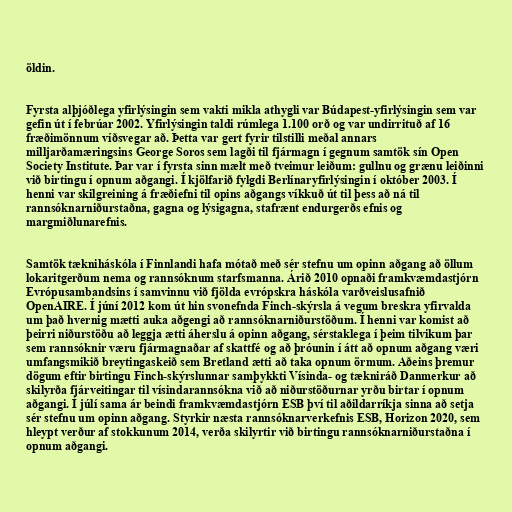
öldin.

Fyrsta alþjóðlega yfirlýsingin sem vakti mikla athygli var Búdapest-yfirlýsingin sem var
gefin út í febrúar 2002. Yfirlýsingin taldi rúmlega 1.100 orð og var undirrituð af 16
fræðimönnum víðsvegar að. Þetta var gert fyrir tilstilli meðal annars
milljarðamæringsins George Soros sem lagði til fjármagn í gegnum samtök sín Open
Society Institute. Þar var í fyrsta sinn mælt með tveimur leiðum: gullnu og grænu leiðinni
við birtingu í opnum aðgangi. Í kjölfarið fylgdi Berlínaryfirlýsingin í október 2003. Í
henni var skilgreining á fræðiefni til opins aðgangs víkkuð út til þess að ná til
rannsóknarniðurstaðna, gagna og lýsigagna, stafrænt endurgerðs efnis og
margmiðlunarefnis.

Samtök tækniháskóla í Finnlandi hafa mótað með sér stefnu um opinn aðgang að öllum
lokaritgerðum nema og rannsóknum starfsmanna. Árið 2010 opnaði framkvæmdastjórn
Evrópusambandsins í samvinnu við fjölda evrópskra háskóla varðveislusafnið
OpenAIRE. Í júní 2012 kom út hin svonefnda Finch-skýrsla á vegum breskra yfirvalda
um það hvernig mætti auka aðgengi að rannsóknarniðurstöðum. Í henni var komist að
þeirri niðurstöðu að leggja ætti áherslu á opinn aðgang, sérstaklega í þeim tilvikum þar
sem rannsóknir væru fjármagnaðar af skattfé og að þróunin í átt að opnum aðgang væri
umfangsmikið breytingaskeið sem Bretland ætti að taka opnum örmum. Aðeins þremur
dögum eftir birtingu Finch-skýrslunnar samþykkti Vísinda- og tækniráð Danmerkur að
skilyrða fjárveitingar til vísindarannsókna við að niðurstöðurnar yrðu birtar í opnum
aðgangi. Í júlí sama ár beindi framkvæmdastjórn ESB því til aðildarríkja sinna að setja
sér stefnu um opinn aðgang. Styrkir næsta rannsóknarverkefnis ESB, Horizon 2020, sem
hleypt verður af stokkunum 2014, verða skilyrtir við birtingu rannsóknarniðurstaðna í
opnum aðgangi.